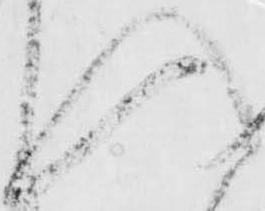
入